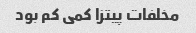
مخلفات پیتزا کمی کم بود